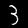
Label: 3